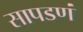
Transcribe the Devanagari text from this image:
सापडणं